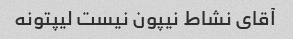
آقای نشاط نیپون نیست لیپتونه